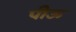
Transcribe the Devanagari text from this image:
पीऊ